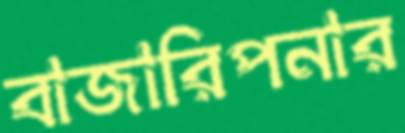
বাজারিপনার